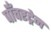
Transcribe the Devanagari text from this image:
पाँचरट्रेन